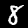
Digit: 8